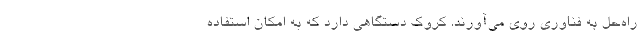
راه‌حل به فناوری روی می‌آورند. کروک دستگاهی دارد که به امکان استفاده